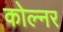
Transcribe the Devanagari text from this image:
कोल्नर